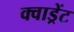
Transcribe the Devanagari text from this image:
क्वाड्रेंट